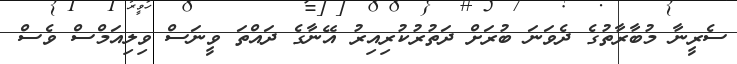
ސެރީނާ މުބާރާތުގެ ދެވަނަ ބުރަށް ދަތުރުކުރިއިރު އޭނާގެ ދައްތަ ވީނަސް ވިލިއަމްސް ވެސް